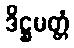
ဒိဋ္ဌမတ္တံ